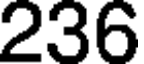
236